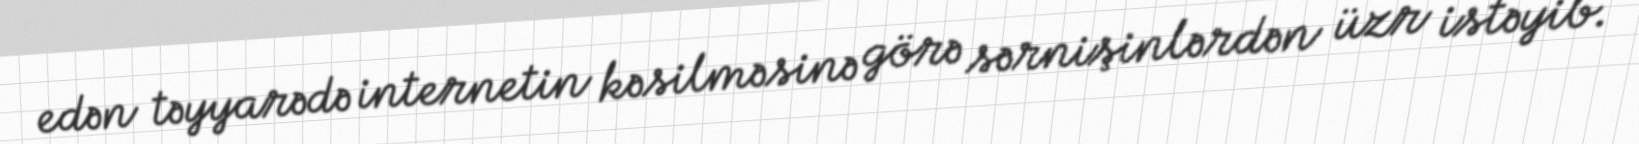
edən təyyarədə internetin kəsilməsinə görə sərnişinlərdən üzr istəyib.